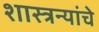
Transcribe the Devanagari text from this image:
शास्त्रन्यांचे